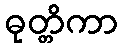
ဓုတ္တိကာ